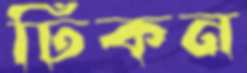
ঢিকন